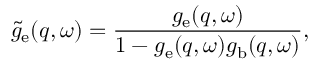
\tilde { g } _ { \mathrm { e } } ( q , \omega ) = \frac { g _ { \mathrm { e } } ( q , \omega ) } { 1 - g _ { \mathrm { e } } ( q , \omega ) g _ { \mathrm { b } } ( q , \omega ) } ,